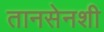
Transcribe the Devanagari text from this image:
तानसेनशी